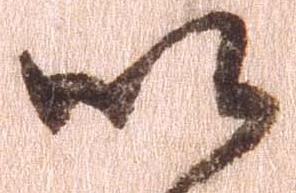
以